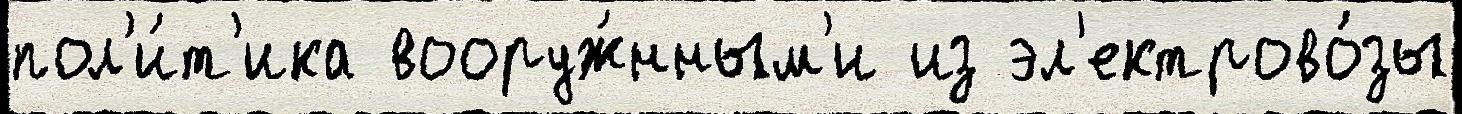
пол'и́т'ика вооруж́нным'и из эл'ектрово́зы